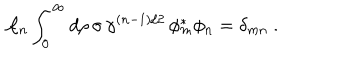
{ \cal A } _ { n } \int _ { 0 } ^ { \infty } d \rho \, \sigma \, \gamma ^ { ( n - 1 ) / 2 } \, \phi _ { m } ^ { \ast } \phi _ { n } = \delta _ { m n } ~ .